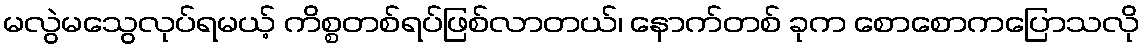
မလွဲမသွေလုပ်ရမယ့် ကိစ္စတစ်ရပ်ဖြစ်လာတယ်၊ နောက်တစ် ခုက စောစောကပြောသလို